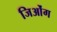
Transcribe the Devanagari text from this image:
जिओंग